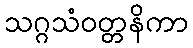
သဂ္ဂသံဝတ္တနိကာ